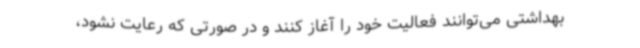
بهداشتی می‌توانند فعالیت خود را آغاز کنند و در صورتی که رعایت نشود،